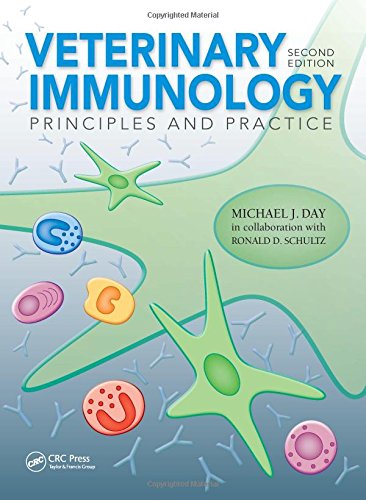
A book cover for Veterinary Immunology: Principles and Practice, Second Edition; Michael J. Day; Medical Books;